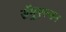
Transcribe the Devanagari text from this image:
सॅमुएल्सन